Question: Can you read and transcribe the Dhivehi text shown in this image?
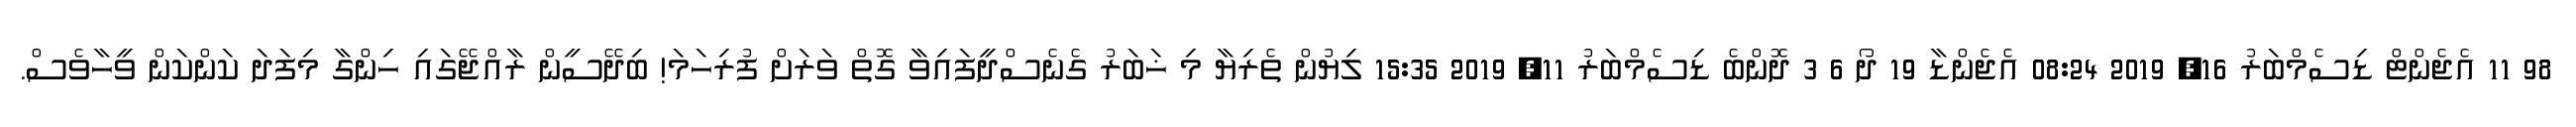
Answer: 98 11 އެޖެންޓް ޑިސެމްބަރު 16, 2019 08:24 އެޖެންޑާ 19 ދޯ 6 3 ދޮންބެ ޑިސެމްބަރު 11, 2019 15:35 ލިޔުން ތެރިޔާ މި ޚަބަރު ގެނެސްދީފައިވާ ގޮތް ވަރަށް ފުރިހަމަ! ބިދޭސީން ރާއްޖޭގައި ހިންގާ މިފަދަ ކަންކަން ވީހާވެސް.